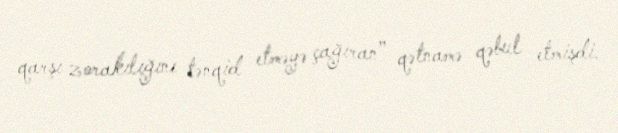
qarşı zorakılığını tənqid etməyə çağıran” qətnamə qəbul etmişdi.